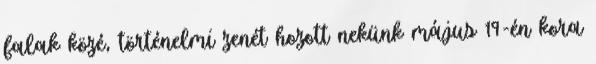
falak közé, történelmi zenét hozott nekünk május 19-én kora